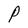
Character: P